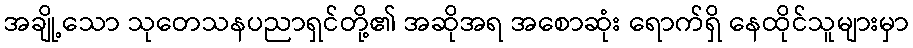
အချို့သော သုတေသနပညာရှင်တို့၏ အဆိုအရ အစောဆုံး ရောက်ရှိ နေထိုင်သူများမှာ